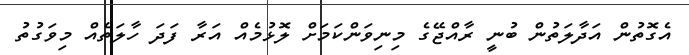
އެގޮތުން އަދާލަތުން ބުނީ ރާއްޖޭގެ މިނިވަންކަމަށް ލޮޅުމެއް އަރާ ފަދަ ހާލަތެއް މިވަގުތު